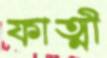
ফাত্মী